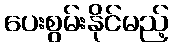
ပေးစွမ်းနိုင်မည့်